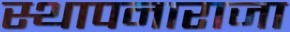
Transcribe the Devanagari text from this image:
स्थापनाराजा